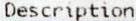
DESCRIPTION